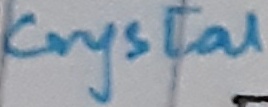
Text: Crystal